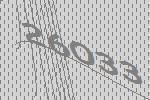
26033